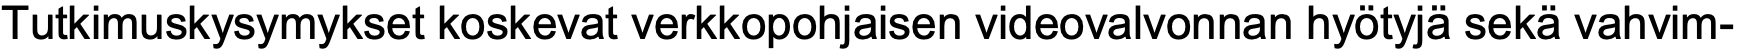
Tutkimuskysymykset koskevat verkkopohjaisen videovalvonnan hyötyjä sekä vahvim-